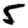
Digit: 5